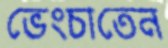
ভেংচাতেন